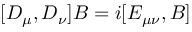
[ D _ { \mu } , D _ { \nu } ] B = i [ E _ { \mu \nu } , B ]